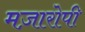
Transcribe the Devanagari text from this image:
मज़ारोपी